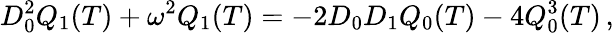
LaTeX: D_{0}^{2}Q_{1}(T)+\omega^{2}Q_{1}(T)=-2D_{0}D_{1}Q_{0}(T)-4Q_{0}^{3}(T)\, ,